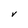
Character: V